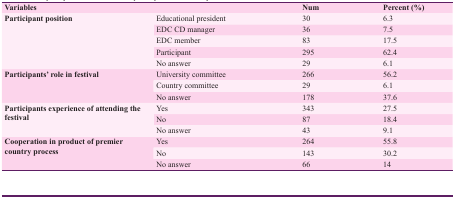
<table><thead><tr><td colspan="2"><b>Variables</b></td><td><b>Num</b></td><td><b>Percent (%)</b></td></tr></thead><tbody><tr><td rowspan="5"><b>Participant position</b></td><td> Educational president </td><td> 30 </td><td> 6.3 </td></tr><tr><td> EDC CD manager </td><td> 36 </td><td> 7.5 </td></tr><tr><td> EDC member </td><td> 83 </td><td> 17.5 </td></tr><tr><td> Participant </td><td> 295 </td><td> 62.4 </td></tr><tr><td>No answer </td><td> 29 </td><td> 6.1 </td></tr><tr><td rowspan="3"><b>Participants’ role in festival</b></td><td> University committee </td><td> 266 </td><td> 56.2 </td></tr><tr><td> Country committee </td><td> 29 </td><td> 6.1 </td></tr><tr><td> No answer </td><td> 178 </td><td> 37.6 </td></tr><tr><td rowspan="3"><b>Participants experience of attending the festival</b></td><td> Yes </td><td> 343 </td><td> 27.5 </td></tr><tr><td> No </td><td> 87 </td><td> 18.4 </td></tr><tr><td> No answer </td><td> 43 </td><td> 9.1 </td></tr><tr><td rowspan="3"><b>Cooperation in product of premier country process</b></td><td> Yes </td><td> 264 </td><td> 55.8 </td></tr><tr><td> No </td><td> 143 </td><td> 30.2 </td></tr><tr><td> No answer </td><td> 66 </td><td> 14 </td></tr></tbody></table>